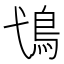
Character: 𩾢